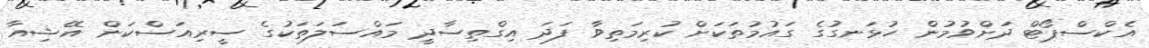
އެކްސްޕޯޓް ދަށްވުމުން ހުޅަނގުގެ ގައުމުތަކަށް ކުރިމަތިވާ ފަދަ އިގްތިސާދީ މައްސަލަތަކުގެ ސީރިއަސްކަން އޭޝިއާ